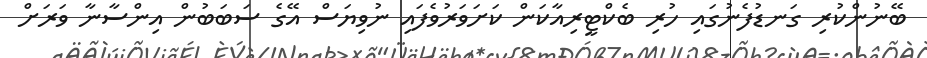
ބޭނުންކުރި ގަނޑުފެނުގައި ހުރި ބެކްޓީރިއާކަން ކަށަވަރުވެފައި ނުވިޔަސް އޭގެ ސަބަބުން އިންސާނާ ވަރަށް